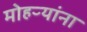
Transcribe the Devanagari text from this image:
मोहऱ्यांना